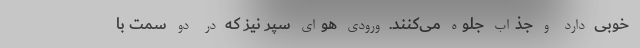
خوبی دارد و جذاب جلوه می‌کنند. ورودی هوای سپر نیز که در دو سمت با